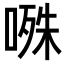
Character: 𭉝